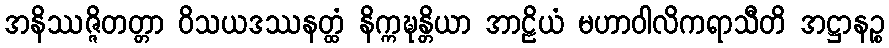
အနိဿဇ္ဇိတတ္တာ ဝိသယဒဿနတ္ထံ နိက္ကဍ္ဎန္တိယာ အာဠိယံ မဟာဝါလိကရာသီတိ အဋ္ဌာနဉ္စ